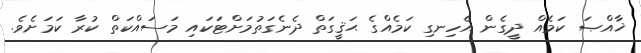
ޚާއްޞަ ކަމެއް ދީގެން އެހިނގި ކަމެއްގެ ޙަޤީގަތް ދެނެގަތުމަށްޓަކައި މަސައްކަތް ކުރާ ކަމަށެވެ.